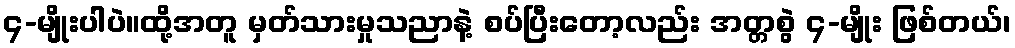
၄-မျိုးပါပဲ။ထို့အတူ မှတ်သားမှုသညာနဲ့ စပ်ပြီးတော့လည်း အတ္တစွဲ ၄-မျိုး ဖြစ်တယ်၊